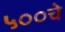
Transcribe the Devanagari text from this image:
५००चे